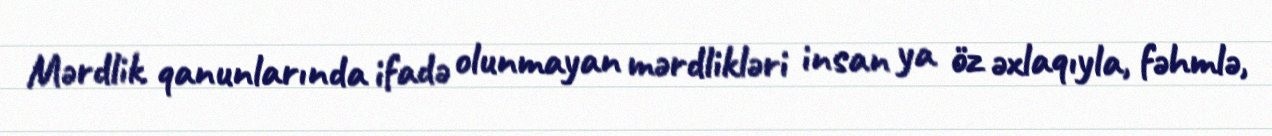
Mərdlik qanunlarında ifadə olunmayan mərdlikləri insan ya öz əxlaqıyla, fəhmlə,